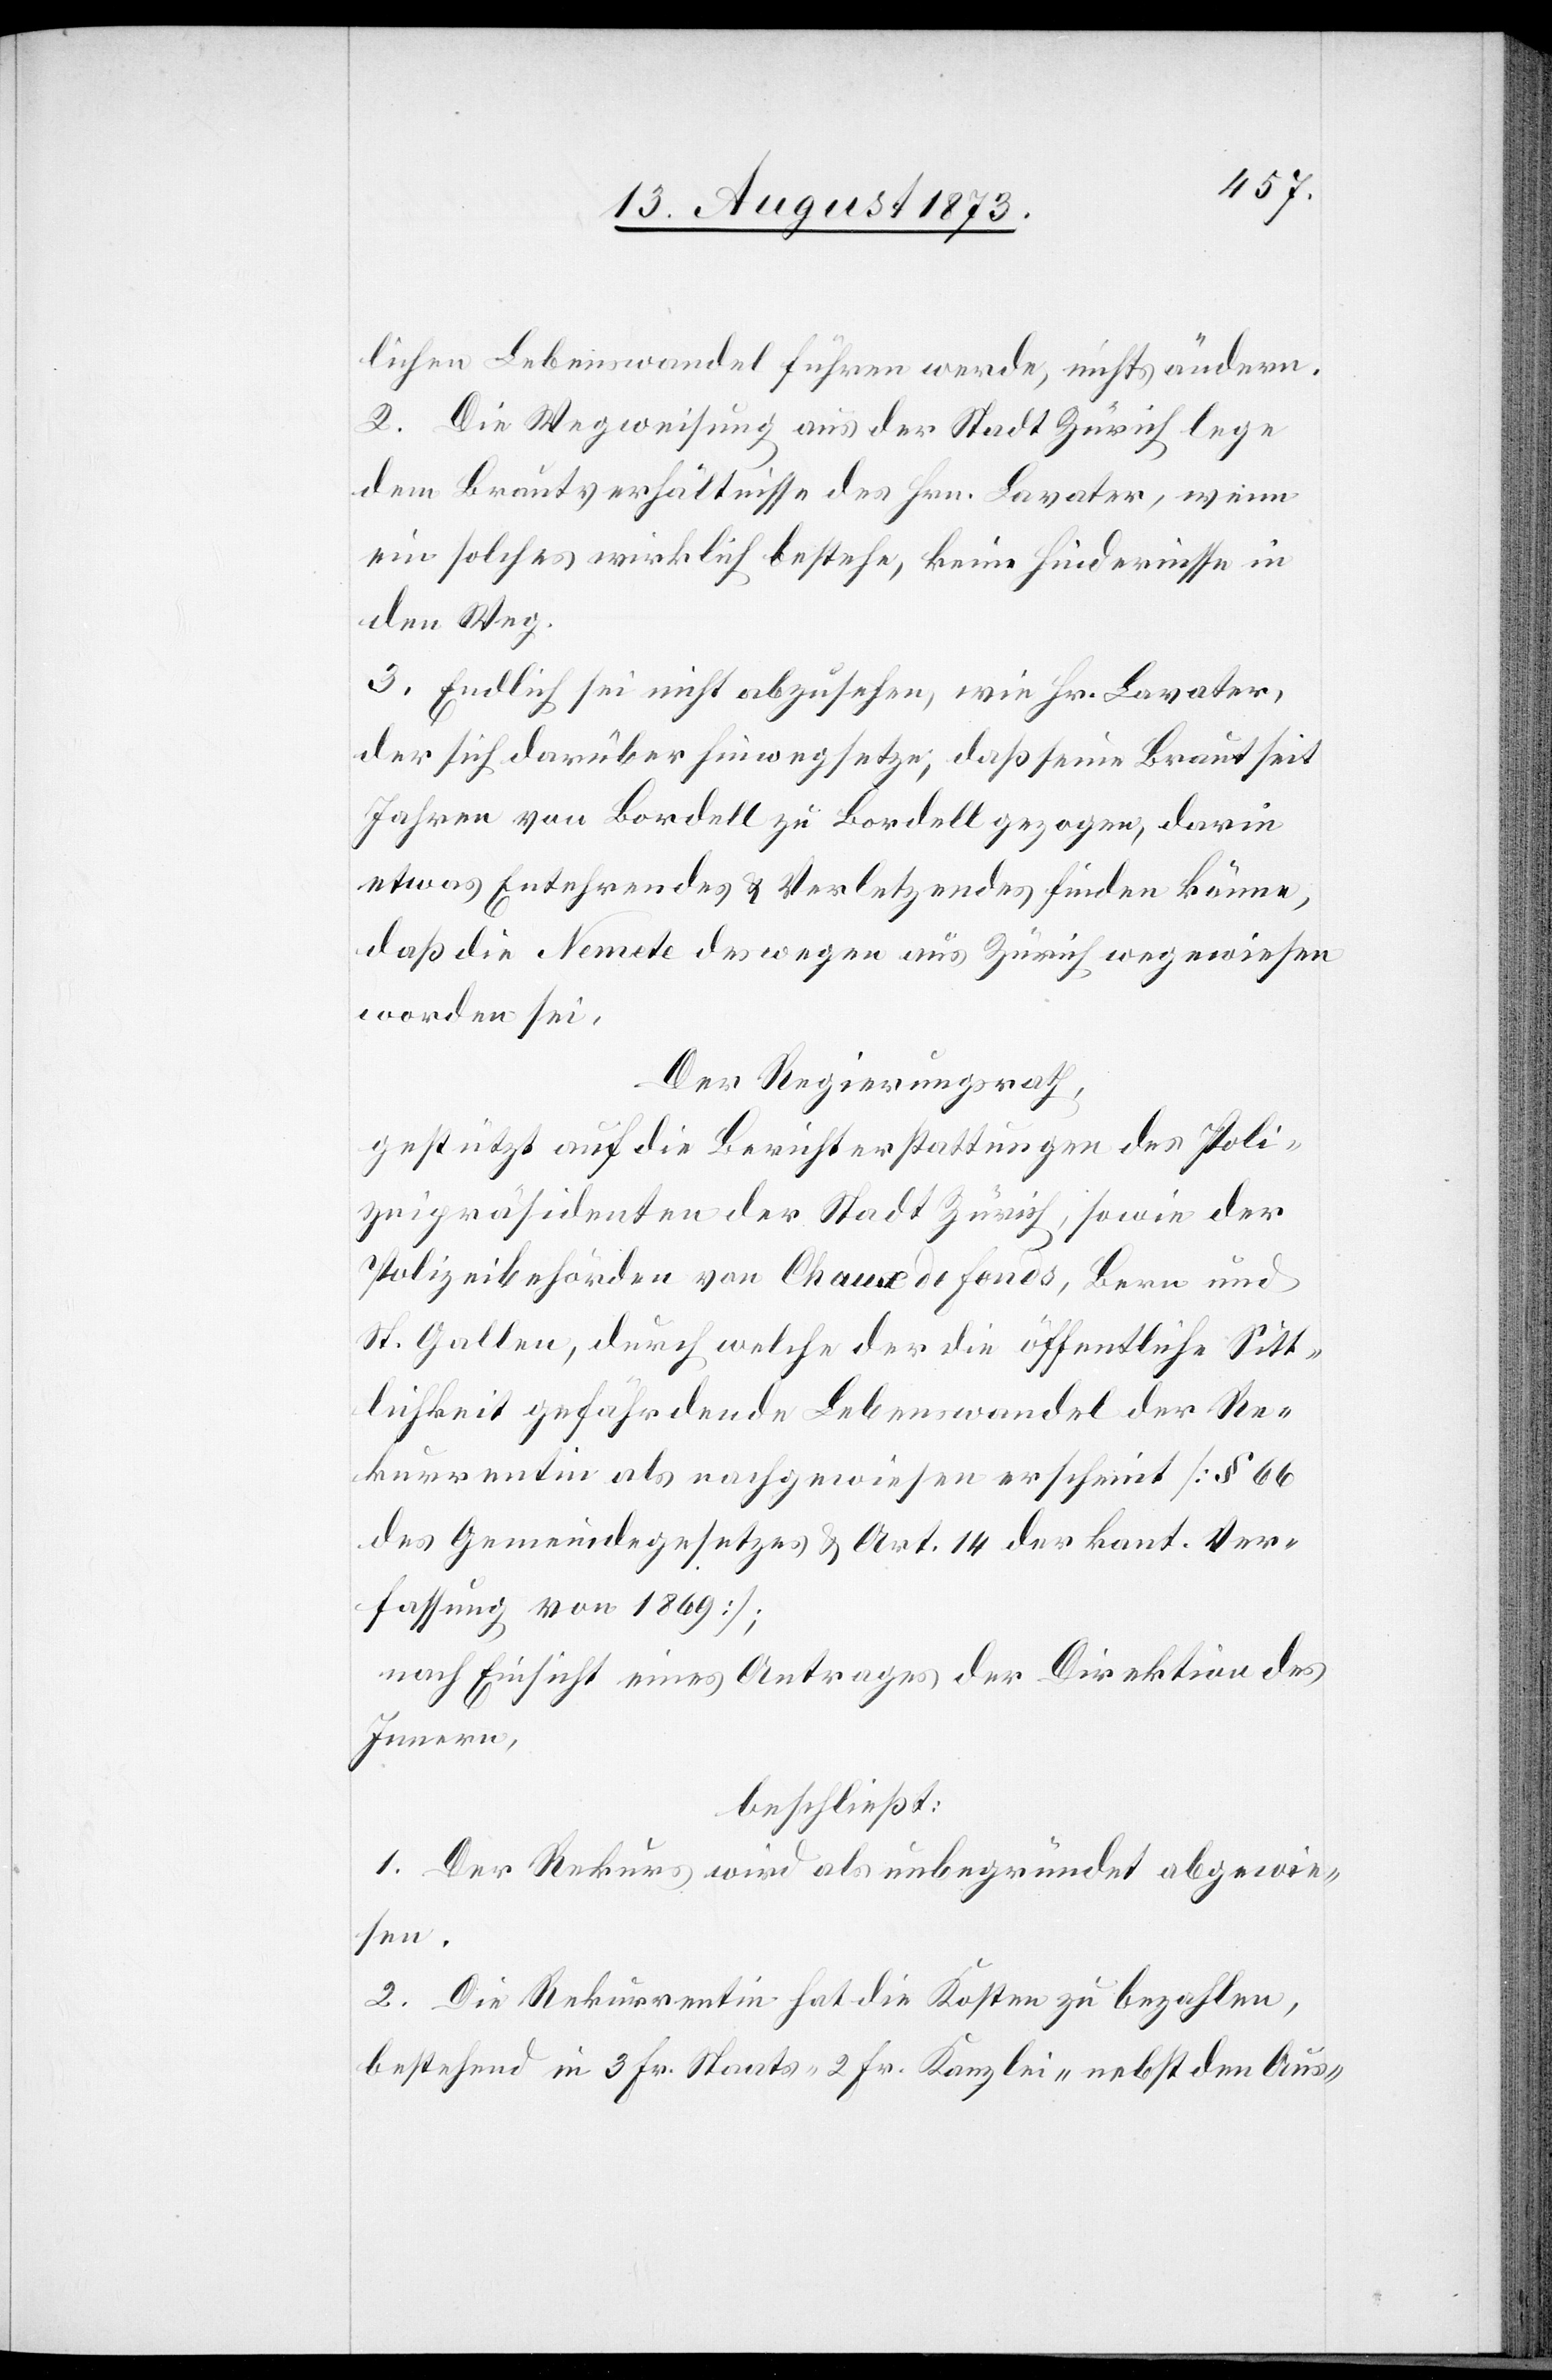
lichen Lebenswandel führen werde, nichts ändern.
2. Die Wegweisung aus der Stadt Zürich lege
dem Brautverhältnisse des Hrn. Lavater, wenn
ein solches wirklich bestehe, keine Hindernisse in
den Weg.
3. Endlich sei nicht abzusehen, wie Hr. Lavater,
der sich darüber hinwegsetze, daß seine Braut seit
Jahren von Bordell zu Bordell gezogen, darin
etwas Entehrendes & Verletzendes finden könne,
daß die Nemete deswegen aus Zürich weg[g]ewiesen
worden sei.
Der Regierungsrath,
gestützt auf die Berichterstattungen des Poli¬
zeipräsidenten der Stadt Zürich, sowie der
Polizeibehörden von Chaux de Fonds, Bern und
St. Gallen, durch welche der die öffentliche Sitt¬
lichkeit gefährdende Lebenswandel der Re¬
kurrentin als nachgewiesen erscheint [§ 66
des Gemeindegesetzes & Art. 14 der kant. Ver¬
fassung von 1869];
nach Einsicht eines Antrages der Direktion des
Innern,
beschließt:
1. Der Rekurs wird als unbegründet abgewie¬
sen.
2. Die Rekurrentin hat die Kosten zu bezahlen,
bestehend in 3 Fr. Staats- 2 Fr. Kanzlei- nebst den Aus-